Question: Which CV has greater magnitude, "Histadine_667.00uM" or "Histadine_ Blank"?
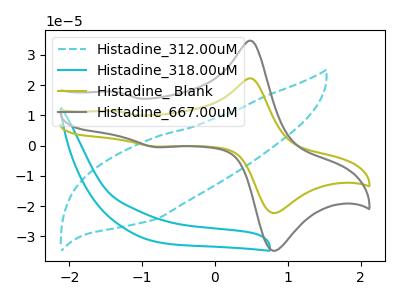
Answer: <think>The cyan dashed curve "Histadine_312.00uM" has no peaks. The cyan curve "Histadine_318.00uM" has no peaks. The olive curve "Histadine_ Blank" has anodic peaks at (0.50V, 22.15uA) (-1.40V, 11.40uA) and cathodic peaks at (0.85V, -21.95uA) (-0.80V, -0.30uA). The gray curve "Histadine_667.00uM" has anodic peaks at (0.50V, 34.55uA) (-1.40V, 17.80uA) and cathodic peaks at (0.85V, -34.25uA) (-0.80V, -0.50uA).
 All the peaks in "Histadine_667.00uM" have a peak in "Histadine_ Blank" at the same potential. Every peak in "Histadine_667.00uM" is higher than every peak in "Histadine_ Blank".</think>
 <answer>"Histadine_667.00uM" has more signal than "Histadine_ Blank".</answer>
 <eval>more_signal</eval>